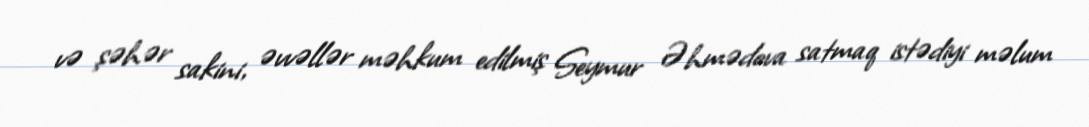
və şəhər sakini, əvvəllər məhkum edilmiş Seymur Əhmədova satmaq istədiyi məlum